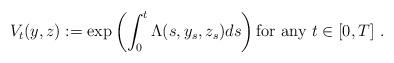
LaTeX: \begin{align*}V_t(y,z):=\exp \left ( \int_0^t \Lambda(s,y_s,z_s) ds\right )\textrm{for any} \ t\in [0,T]\ .\end{align*}